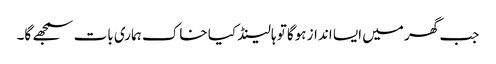
جب گھر میں ایسا انداز ہوگا تو ہالینڈ کیا خاک ہماری بات سمجھے گا۔